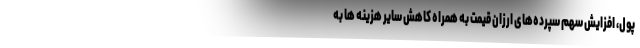
پول، افزایش سهم سپرده‌های ارزان قیمت به همراه کاهش سایر هزینه ها به